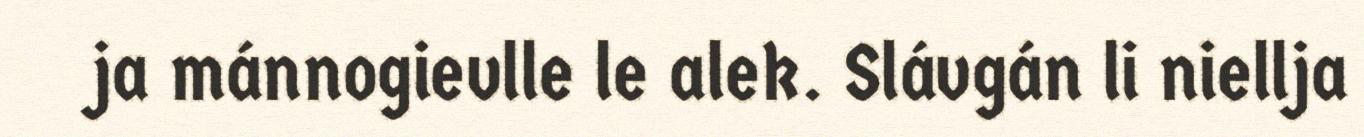
ja mánnogievlle le alek. Slávgán li niellja